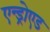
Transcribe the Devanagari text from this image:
एन्ड्रोएड